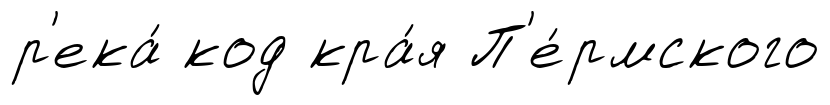
р'ека́ код кра́я П'е́рмского